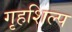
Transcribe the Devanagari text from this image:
गृहशिल्प